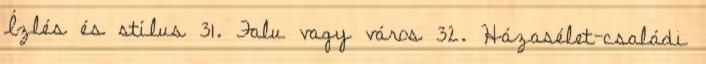
Ízlés és stílus 31. Falu vagy város 32. Házasélet-családi